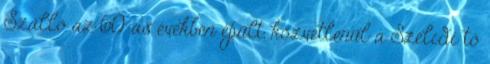
Szálló az 60-as években épült, közvetlenül a Szelidi tó